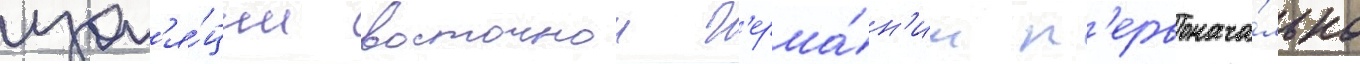
изол'я́ции восточнои г'ерма́н'ии п'ервонача́льно